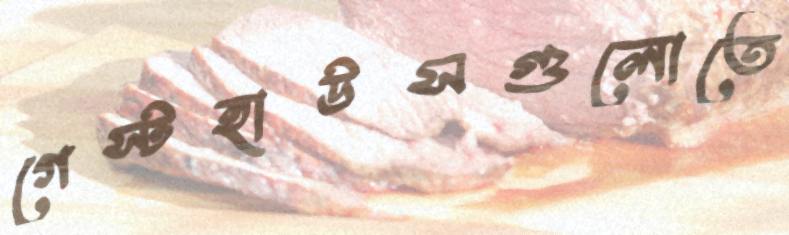
গেস্টহাউসগুলোতে